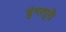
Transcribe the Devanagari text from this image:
डुंगरपुरी